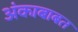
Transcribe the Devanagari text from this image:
अंकाबाबत